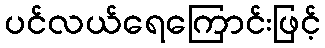
ပင်လယ်ရေကြောင်းဖြင့်